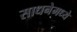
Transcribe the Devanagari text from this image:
साधनेमध्ये